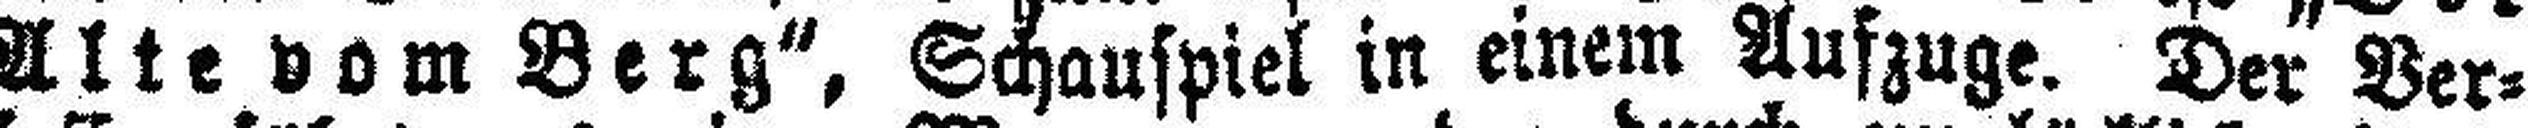
Alte vom Berg“, Schauspiel in einem Aufzuge. Der Ver¬